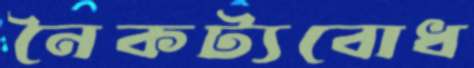
নৈকট্যবোধ